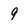
Character: 9